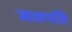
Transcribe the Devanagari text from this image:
जलपति